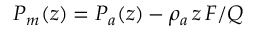
P _ { m } ( z ) = P _ { a } ( z ) - \rho _ { a } \, z \, F / Q